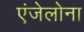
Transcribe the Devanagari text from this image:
एंजेलोना